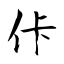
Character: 佧